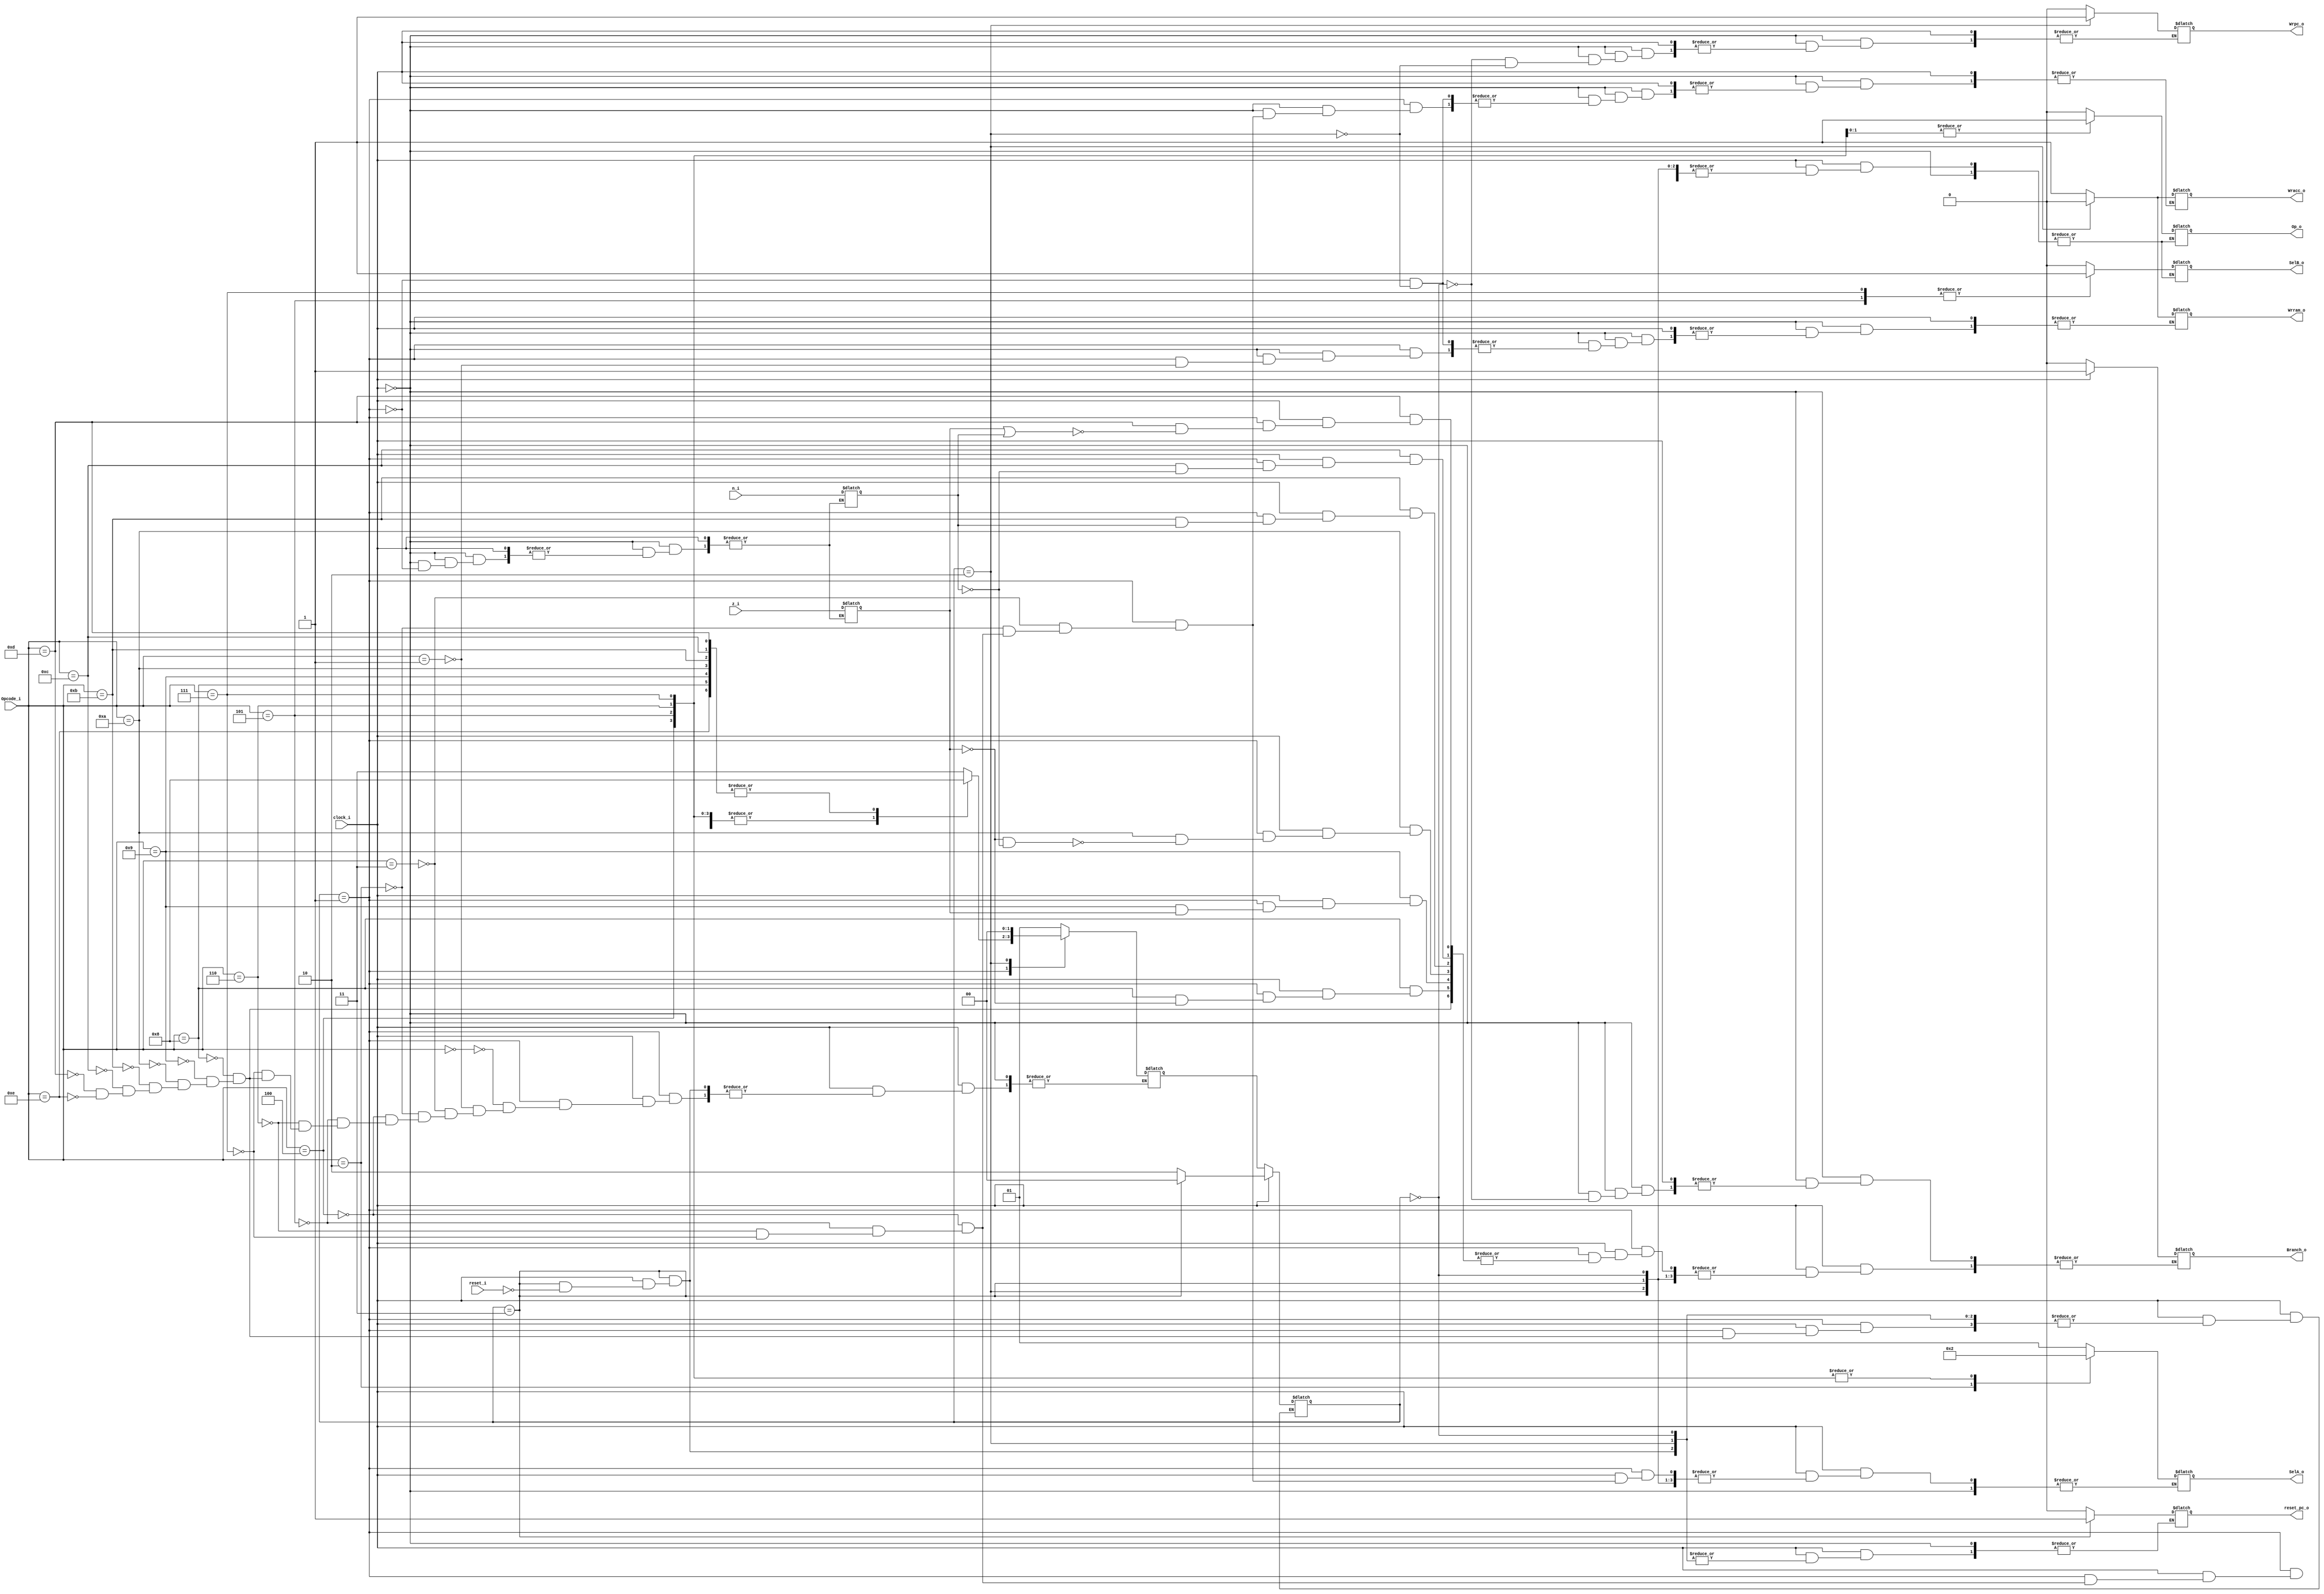
`timescale 10 ns / 10 ns
module decoder
#(
	parameter OPCODE_WIDTH = 5,
	parameter LSB = 0
)
(
	reset_i,
	clock_i, //clock
	Opcode_i, //Cdigo de instruo
	n_i, //flag negativa
	z_i, //flag zero
	
	Branch_o, //Seletor para o PC
	Wrpc_o, //Habilita escrita no PC
	SelA_o, //Seleciona qual valor vai para o Acumulador
	SelB_o, //Seleciona qual valor vai para a 2 entrada da ULA
	Wracc_o, //Habilita a escrita no Acumulador
	Op_o, //Cdigo para a ULA
	Wrram_o,
	reset_pc_o
);

//Entradas e Sadas
input wire reset_i;
input wire clock_i;
input wire [(OPCODE_WIDTH-1):LSB] Opcode_i;
input wire n_i;
input wire z_i;

output reg Branch_o;
output reg Wrpc_o;
output reg [1:0] SelA_o;
output reg SelB_o;
output reg Wracc_o;
output reg Op_o; // 0 = soma e 1 = subtrao
output reg Wrram_o; 
output reg reset_pc_o;

//Registradores de estado
reg [1:0] ESTADOATUAL;
reg [1:0] PROXIMOESTADO;
//Registradores de flag
reg FN_Anterior; //Guarda valor da flag N aps execucao de 1 instrucao
reg FZ_Anterior; //Guarda valor da flag Z aps execucao de 1 instrucao

//lista de estados do decodificador
localparam BUSCA = 2'b00, DECODIFICACAO = 2'b01, EXECUCAO = 2'b10, RESET = 2'b11;

//lista de OpCodes
localparam HLT = 5'b00000,
			  STO = 5'b00001, //DONE
			  LD = 5'b00010, //DONE
			  LDI = 5'b00011, //DONE
			  ADD = 5'b00100, //DONE
			  ADDI = 5'b00101, //DONE
			  SUB = 5'b00110, //DONE
			  SUBI = 5'b00111, //DONE
			  BEQ = 5'b01000, //DONE
			  BNE = 5'b01001, //DONE
			  BGT = 5'b01010, //DONE
			  BGE = 5'b01011, //DONE
			  BLT = 5'b01100, //DONE
			  BLE = 5'b01101, //DONE
			  JMP = 5'b01110; //dONE
			  
//Inicializaes da saidaS e do estado inicial
initial
begin
	Branch_o = 1'b0;
	Wrpc_o = 1'b0;
	SelA_o = 2'b0;
	SelB_o = 1'b0;
	Wracc_o = 1'b0;
	Op_o = 1'b0; // 0 = soma e 1 = subtrao
	Wrram_o = 1'b0; 
	reset_pc_o = 1'b0;
	ESTADOATUAL = BUSCA;
	PROXIMOESTADO = DECODIFICACAO;
end

always @(clock_i)
begin

	if(clock_i == 1'b1) //SUBIDA DE CLOCK
	
	begin
		case(ESTADOATUAL)
		
		BUSCA://1
		begin
				PROXIMOESTADO = DECODIFICACAO;
				$display("Um");
		end
		
		DECODIFICACAO://3
		begin
			case (Opcode_i)
			HLT:
			begin
				PROXIMOESTADO = RESET;
			end
			STO: PROXIMOESTADO = EXECUCAO;
			LDI:
			begin
				SelA_o = 2'b1;//(Colocando o operando para ser a entrada do ACC)
				PROXIMOESTADO = EXECUCAO;
			end
			LD: 
			begin
				SelA_o = 2'b0;//(Colocando o conteudo de MEM[operando] na entrada do ACC)
				PROXIMOESTADO = EXECUCAO;
			end
			ADD: 
			begin
				SelB_o = 1'b0;//(Colocando o conteudo de MEM[operando] na 2 entrada da ULA)
				Op_o = 1'b0;//Soma 
				SelA_o = 2'b10;//Preparando para o ACC receber da saida da ULA
				PROXIMOESTADO = EXECUCAO;
			end
			ADDI:
			begin
				SelB_o = 1'b1;//(Colocando o conteudo de operando na 2 entrada da ULA)
				Op_o = 1'b0;//Soma 
				SelA_o = 2'b10;//Preparando para o ACC receber da saida da ULA
				PROXIMOESTADO = EXECUCAO;
			end
			SUB: 
			begin
				SelB_o = 1'b0;//(Colocando o conteudo de MEM[operando] na 2 entrada da ULA)
				Op_o = 1'b1;//Subtracao 
				SelA_o = 2'b10;//Preparando para o ACC receber da saida da ULA
				PROXIMOESTADO = EXECUCAO;
			end
			SUBI:
			begin
				SelB_o = 1'b1;//(Colocando o conteudo de operando na 2 entrada da ULA)
				Op_o = 1'b1;//Soma 
				SelA_o = 2'b10;//Preparando para o ACC receber da saida da ULA
				PROXIMOESTADO = EXECUCAO;
			end
			BEQ://Branch se forem iguais 
			begin
				if(FZ_Anterior == 1'b1)//Se flag Z levantada 
					Branch_o = 1'b1;
				ESTADOATUAL = EXECUCAO;
				PROXIMOESTADO = BUSCA;
			end
			BNE://Branch se forem direfentes
			begin
				if(FZ_Anterior == 1'b0)//Se flag Z baixada
					Branch_o = 1'b1;
				ESTADOATUAL = EXECUCAO;
				PROXIMOESTADO = BUSCA;
			end
			BGT://Branch se for positivo
			begin
				if(FZ_Anterior == 1'b0 && FN_Anterior == 1'b0)
					Branch_o = 1'b1;
				ESTADOATUAL = EXECUCAO;
				PROXIMOESTADO = BUSCA;
			end
			BGE://Branch se for positivo ou igual a zero
			begin
				if(FN_Anterior == 1'b0)
					Branch_o = 1'b1;
				ESTADOATUAL = EXECUCAO;
				PROXIMOESTADO = BUSCA;
			end
			BLT://Branch se for negativo
			begin
				if(FN_Anterior == 1'b1)
					Branch_o = 1'b1;
				ESTADOATUAL = EXECUCAO;
				PROXIMOESTADO = BUSCA;
			end
			BLE://Branch se for negativo ou igual a zero
			begin
				if(FZ_Anterior == 1'b1 || FN_Anterior == 1'b1)
					Branch_o = 1'b1;
				ESTADOATUAL = EXECUCAO;
				PROXIMOESTADO = BUSCA;
			end
			JMP://Branch
			begin
				Branch_o = 1'b1;
				ESTADOATUAL = EXECUCAO;
				PROXIMOESTADO = BUSCA;
			end
			endcase
			reset_pc_o = 1'b0;//Liberta o PC
			$display("Tres", Opcode_i);
		end
		
		EXECUCAO://5
		begin
				PROXIMOESTADO = BUSCA;
				$display("Cinco");
		end
		
		RESET://7
		begin
			if(reset_i == 1'b1)
			begin
				reset_pc_o = 1'b1;
				ESTADOATUAL = BUSCA;
				PROXIMOESTADO = DECODIFICACAO;
			end
			$display("Sete");
		end
		
		endcase
	end
	
	else if(clock_i == 1'b0)//DESCIDA DE CLOCK
	
	begin
		case(ESTADOATUAL)
		
			BUSCA://2
			begin
				Wrpc_o = 1'b0;//Reseta a escrita no PC
				Branch_o = 1'b0;//Caso a instrucao anterior seja branch
				$display("Dois");
			end
			
			DECODIFICACAO://4
			begin
				case (Opcode_i)
					LDI: Wracc_o = 1'b1; //(Escreve na sada do ACC na prox subida)
					LD: Wracc_o = 1'b1;
					STO: Wrram_o = 1'b1;// (Escreva na memria) 
					ADD: Wracc_o = 1'b1;
					ADDI: Wracc_o = 1'b1;
					SUB: Wracc_o = 1'b1;
					SUBI: Wracc_o = 1'b1;
				endcase
				FN_Anterior = n_i;//Armazena os valores da flag antes q ACC seja sobrescrito
				FZ_Anterior = z_i;
				$display("Quatro");
			end
			
			EXECUCAO://6
			begin
				Wracc_o = 1'b0;// Resetando os valores para que no haja escritas
				Wrram_o = 1'b0;
				Wrpc_o = 1'b1; //Preparando para incrementar o PC
				$display("Seis");
			end
			
		endcase
		ESTADOATUAL = PROXIMOESTADO; //Atualiza estado
	end
	
end

endmodule